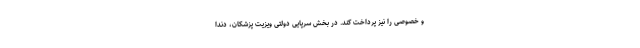
و خصوصی را نیز پرداخت کند. در بخش سرپایی دولتی ویزیت پزشکان، دندا